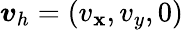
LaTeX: \boldsymbol{v}_{h}=(v_{\mathbf{x}},v_{y},0)